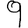
Digit: 9